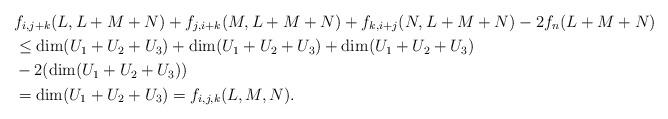
LaTeX: \begin{align*} &f_{i,j+k}(L,L+M+N) + f_{j,i+k}(M,L+M+N) + f_{k,i+j}(N,L+M+N) - 2f_n(L+M+N) \\ &\leq \dim (U_1+U_2+U_3) + \dim (U_1+U_2+U_3) + \dim (U_1+U_2+U_3) \\ &- 2(\dim (U_1+U_2+U_3)) \\ &= \dim (U_1+U_2+U_3) = f_{i,j,k}(L,M,N).\end{align*}